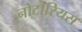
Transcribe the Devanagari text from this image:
नोटोरियस